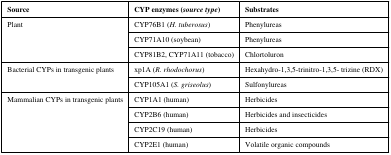
| Source | CYP enzymes (source type) | Substrates |
 | --- | --- | --- |
 | <ROWSPAN=3> Plant | CYP76B1 (H. tuberosus) | Phenylureas |
 | CYP71A10 (soybean) | Phenylureas |
 | CYP81B2, CYP71A11 (tobacco) | Chlortoluron |
 | <ROWSPAN=2> Bacterial CYPs in transgenic plants | xp1A (R. rhodochorus) | Hexahydro-1,3,5-trinitro-1,3,5- trizine (RDX) |
 | CYP105A1 (S. griseolus) | Sulfonylureas |
 | <ROWSPAN=4> Mammalian CYPs in transgenic plants | CYP1A1 (human) | Herbicides |
 | CYP2B6 (human) | Herbicides and insecticides |
 | CYP2C19 (human) | Herbicides |
 | CYP2E1 (human) | Volatile organic compounds |